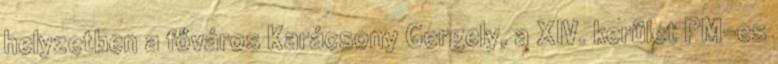
helyzetben a főváros Karácsony Gergely, a XIV. kerület PM-es